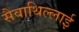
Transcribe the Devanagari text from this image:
सैवाथिल्लाई